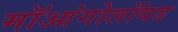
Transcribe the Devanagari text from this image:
मॉआंगोलॉयड